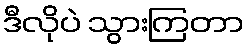
ဒီလိုပဲ သွားကြတာ